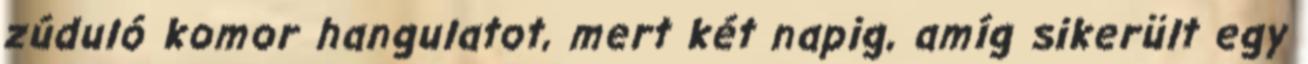
zúduló komor hangulatot, mert két napig, amíg sikerült egy